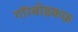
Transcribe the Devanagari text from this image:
गॉरबोडकफ़